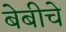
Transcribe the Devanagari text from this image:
बेबीचे